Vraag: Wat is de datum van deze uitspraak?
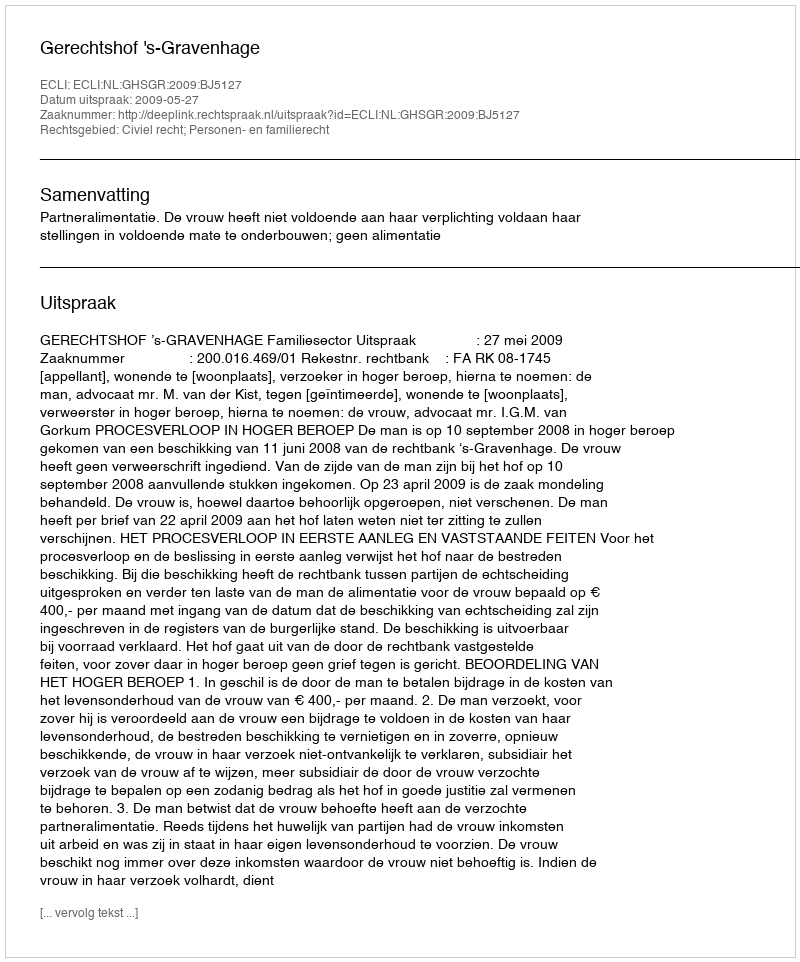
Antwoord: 2009-05-27